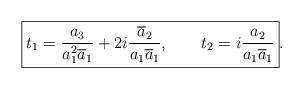
LaTeX: \begin{align*}\boxed{t_1=\frac{a_3}{a_1^2\overline a_1}+2i\frac{\overline a_2}{a_1\overline a_1}, \ \ \ \ \ \ t_2=i\frac{a_2}{a_1\overline a_1}}.\end{align*}